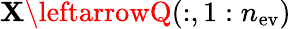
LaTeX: \mathbf{X}\leftarrowQ(:,1:n_{\mathrm{{ev}}})